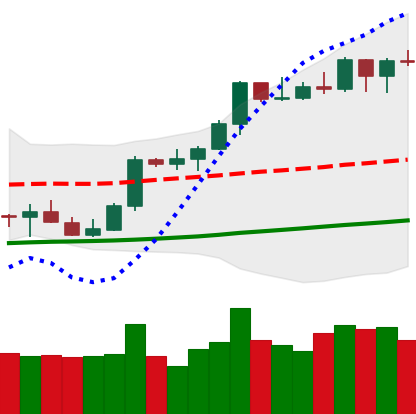
Ticker: BTC-USD
Chart end date: 2021-10-14
Forward return: 12.108%
Label: up_7plus